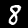
Label: 8